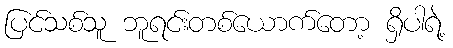
ပြင်သစ်သူ ဘူရင်းတစ်ယောက်တော့ ရှိပါရဲ့